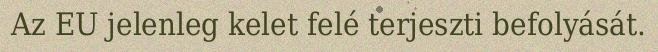
Az EU jelenleg kelet felé terjeszti befolyását.